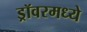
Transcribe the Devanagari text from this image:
ड्रॉवरमध्ये